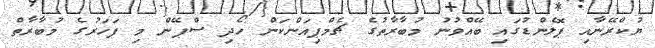
ޔުކްރޭނާއި ޕޮލެންޑުގައި ބޭއްވުނު މުބާރާތުގެ ޗެމްޕިއަންކަން ހޯދި ސްޕޭން މި ފަހަރުގެ މުބާރާތް